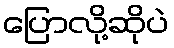
ပြောလို့ဆိုပဲ